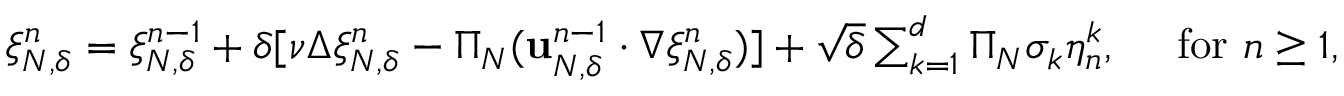
\begin{array} { r } { \xi _ { N , \delta } ^ { n } = \xi _ { N , \delta } ^ { n - 1 } + \delta [ \nu \Delta \xi _ { N , \delta } ^ { n } - \Pi _ { N } ( \mathbf { u } _ { N , \delta } ^ { n - 1 } \cdot \nabla \xi _ { N , \delta } ^ { n } ) ] + \sqrt { \delta } \sum _ { k = 1 } ^ { d } \Pi _ { N } \sigma _ { k } \eta _ { n } ^ { k } , \quad \mathrm { ~ f o r ~ } n \geq 1 , } \end{array}